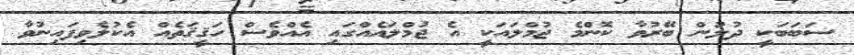
ސަބަބަކީ ދުލުން ބޭރުވާ ކޮންމެ ޖުމްލައަކީ އެ ޖުމްލައެއްގައި އެއްވެސް ހަޤީޤަތެއް އެކުލެވިފައިނުވާ